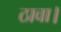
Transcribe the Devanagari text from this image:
ठावा।